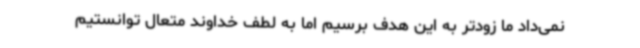
نمی‌داد ما زودتر به این هدف برسیم اما به لطف خداوند متعال توانستیم